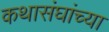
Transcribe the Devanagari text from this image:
कथासंघांच्या